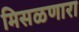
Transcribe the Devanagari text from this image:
मिसळणारा